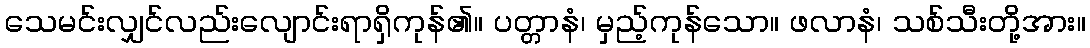
သေမင်းလျှင်လည်းလျောင်းရာရှိကုန်၏။ ပတ္တာနံ၊ မှည့်ကုန်သော။ ဖလာနံ၊ သစ်သီးတို့အား။